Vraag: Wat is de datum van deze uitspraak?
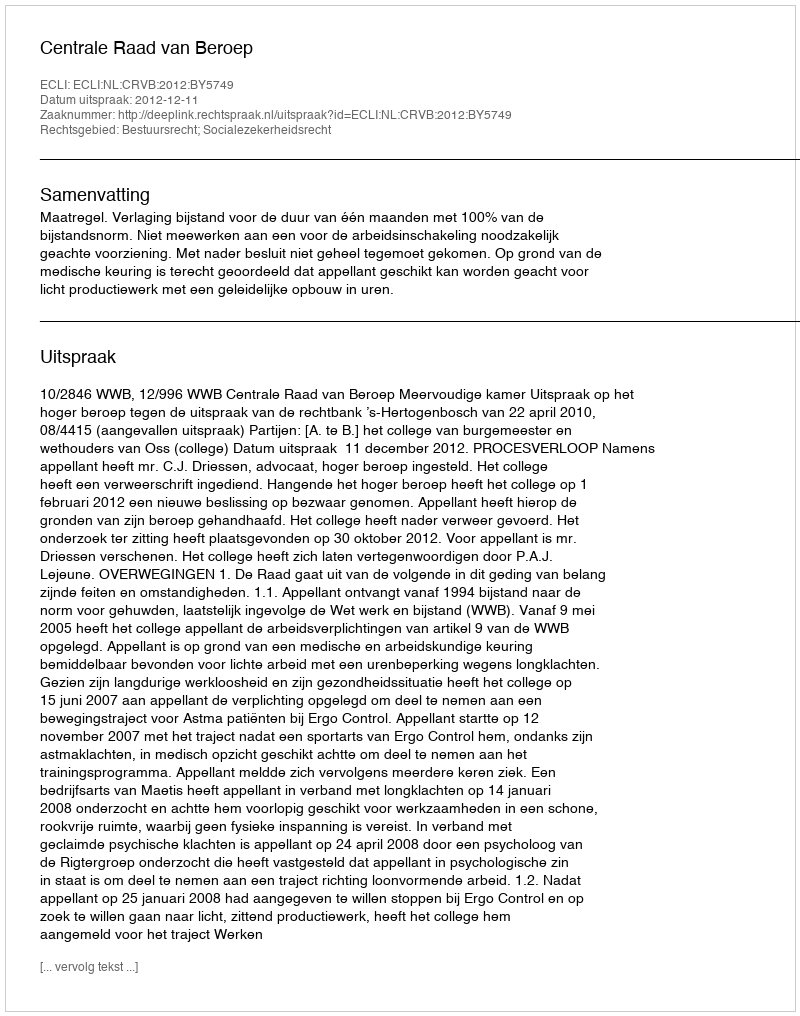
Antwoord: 2012-12-11